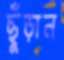
ছুঁড়ান